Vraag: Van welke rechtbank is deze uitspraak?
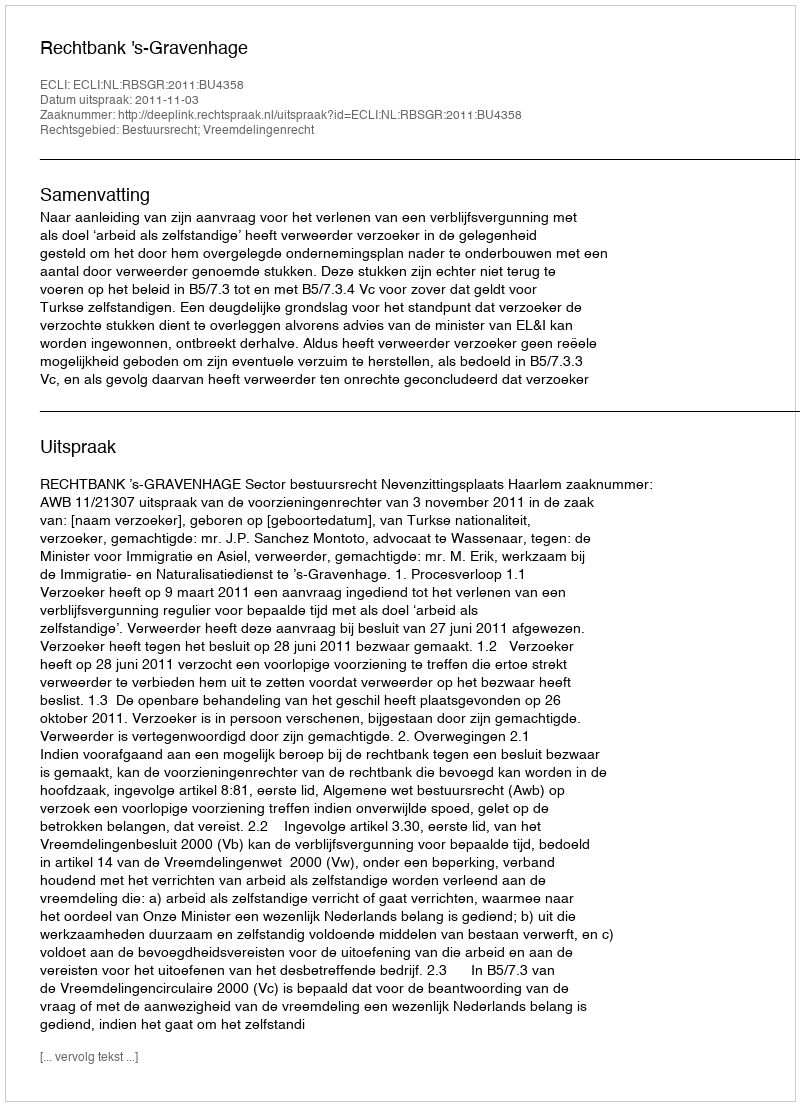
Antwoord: Rechtbank 's-Gravenhage